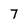
Character: 7